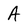
Character: A